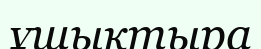
ұшықтыра